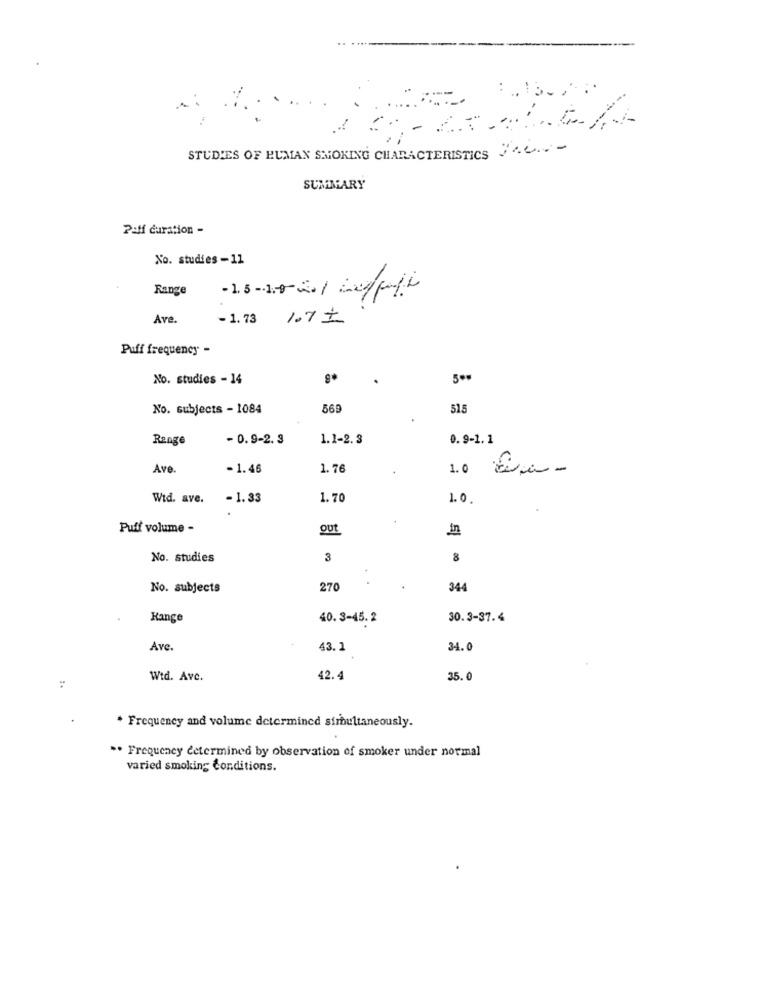
:.. 13 ....
STUDIES OF HUMAN SMOKING CHARACTERISTICS :.....
SUMMARY
P:ff duration -
No. studies-11
Range
-1.5-10-20/ negli
Ave.
-1. 73
1.71
Puff frequency -
No. studies - 14
500
No. subjects - 1084
569
515
Range
- 0.9-2.3
1.1-2.3
0.9-1.1
Ave
-1.46
1.76
1.0 En-
Wid. ave.
-1.33
1.70
1.0.
Puff volume -
out
in
No. studies
3
8
No. subjects
270
344
Kange
40.3-45. 2
30.3-37.4
Ave.
43.1
34.0
Wtd. Ave.
42.4
35.0
* Frequency and volume determined simultaneously.
.. Frequency determined by observation of smoker under normal
varied smoking Conditions.